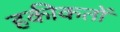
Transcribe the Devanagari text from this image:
हकीकतों